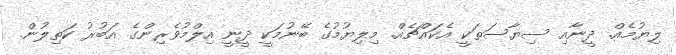
ލިޔުމެއް. ދީނާއި ސިޔާސަތަކީ އެކައްޗެއް. މިލިޔުމުގެ ބޭނުމަކީ ދީނީ އިލްމުވެރިންގެ އަބުރު ކަތިލުން.